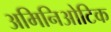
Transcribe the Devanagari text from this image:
अमिनिओटिक